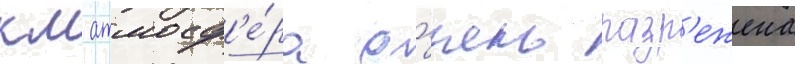
км атмосф'е́ра о́чень разр'ежена